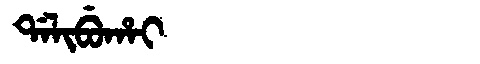
Manchu: ᡩᠠᠯᡳᠪᡠᡥᠠᡳ
Romanization: DALIBUHAI